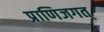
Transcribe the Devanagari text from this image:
प्राणिजगत्